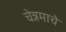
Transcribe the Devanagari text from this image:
चेन्नमाचे